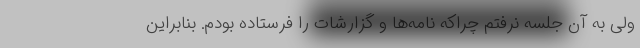
ولی به آن جلسه نرفتم چراکه نامه‌ها و گزارشات را فرستاده بودم. بنابراین